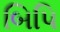
બિપિ